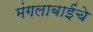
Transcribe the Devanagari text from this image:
मंगलाबाईंचे